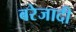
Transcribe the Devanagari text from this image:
बरेजादी